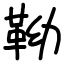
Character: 靿